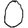
Digit: 0